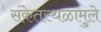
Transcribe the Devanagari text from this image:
संकेतस्थळामुले